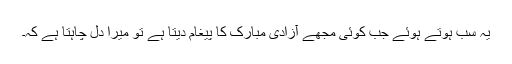
یہ سب ہوتے ہوئے جب کوئی مجھے آزادی مبارک کا پیغام دیتا ہے تو میرا دل چاہتا ہے کہ۔